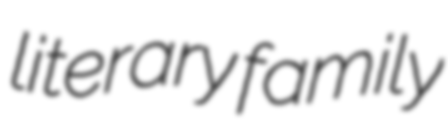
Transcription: literary family